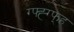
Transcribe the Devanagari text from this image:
ग्फ्ह्ग्फ्ह